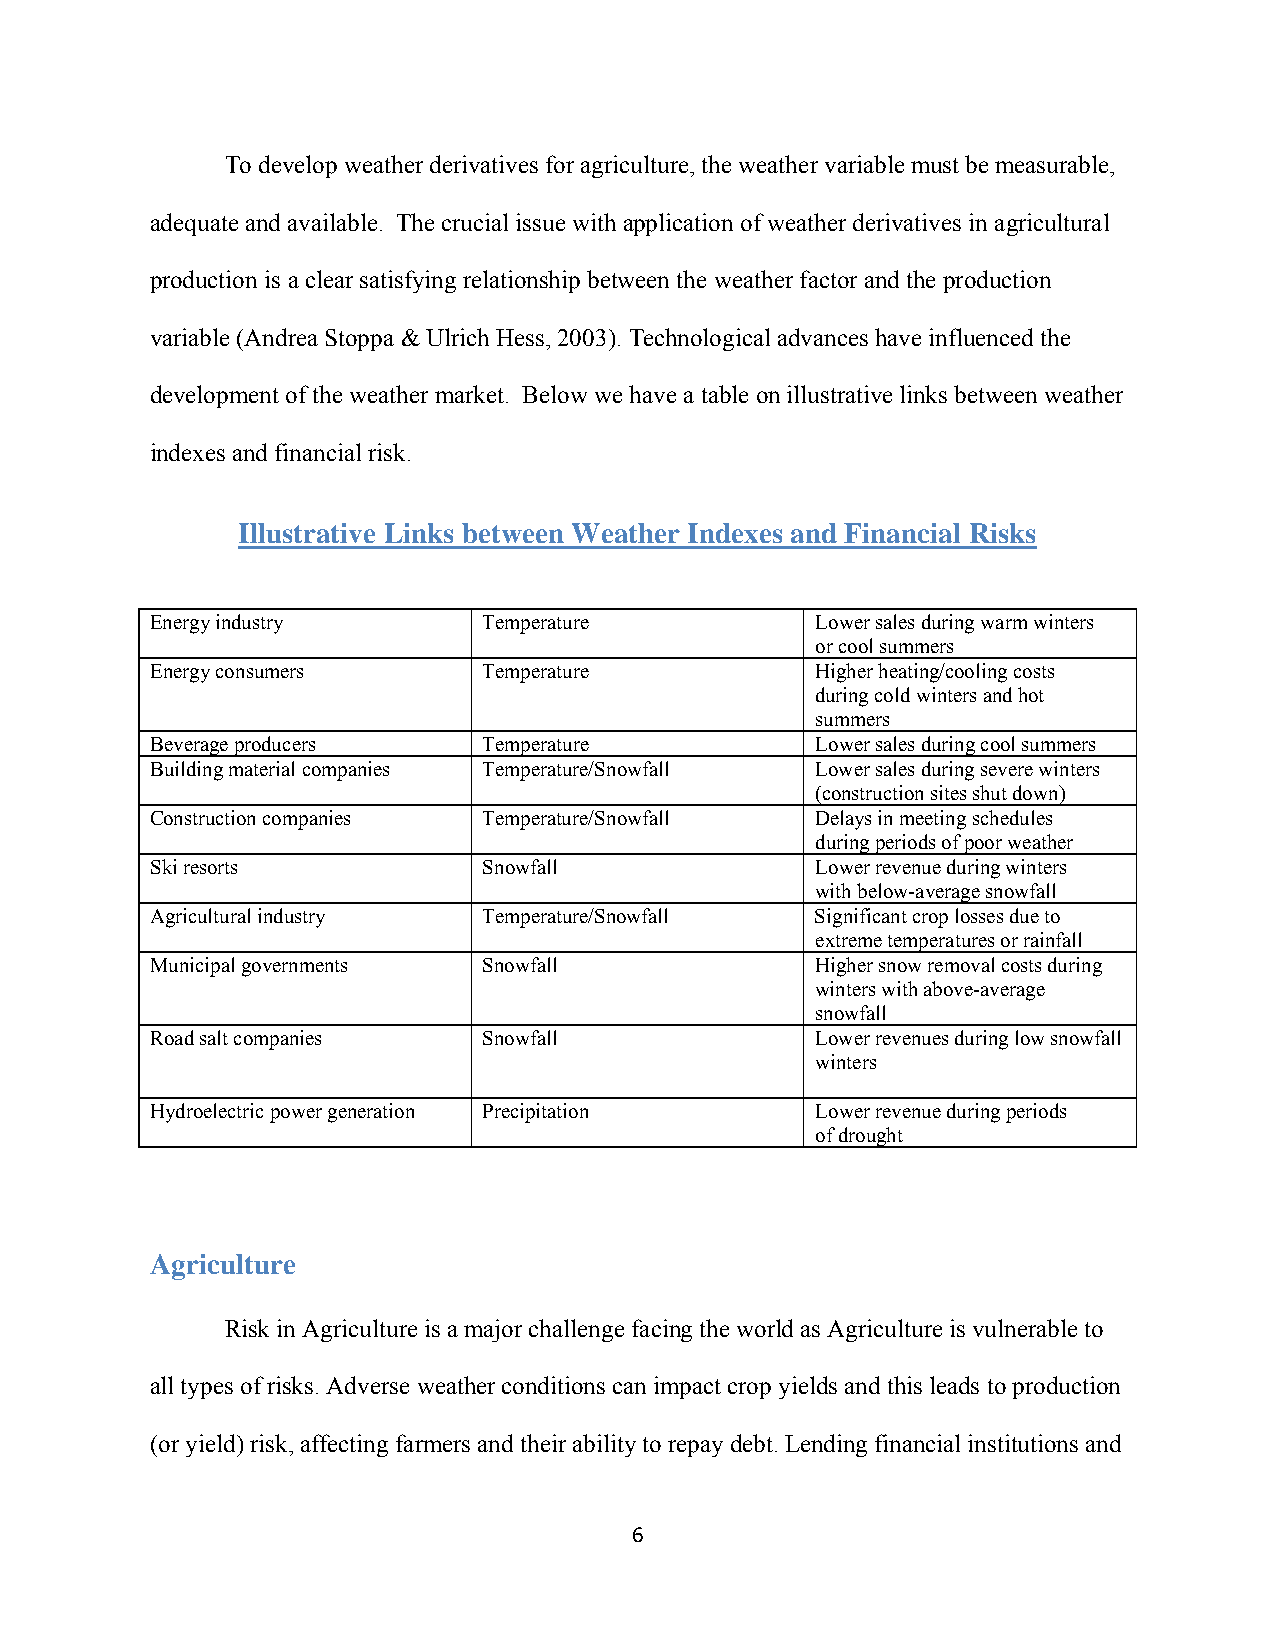
To develop weather derivatives for agriculture, the weather variable must be measurable,
 adequate and available. The crucial issue with application of weather derivatives in agricultural
 production is a clear satisfying relationship between the weather factor and the production
 variable (Andrea Stoppa & Ulrich Hess, 2003). Technological advances have influenced the
 development of the weather market. Below we have a table on illustrative links between weather
 indexes and financial risk.
 Illustrative Links between Weather Indexes and Financial Risks
 Energy industry       Temperature           Lower sales during warm winters
 or cool summers
 Energy consumers      Temperature           Higher heating/cooling costs
 during cold winters and hot
 summers
 Beverage producers    Temperature           Lower sales during cool summers
 Building material companies Temperature/Snowfall Lower sales during severe winters
 (construction sites shut down)
 Construction companies Temperature/Snowfall Delays in meeting schedules
 during periods of poor weather
 Ski resorts           Snowfall              Lower revenue during winters
 with below-average snowfall
 Agricultural industry Temperature/Snowfall  Significant crop losses due to
 extreme temperatures or rainfall
 Municipal governments Snowfall              Higher snow removal costs during
 winters with above-average
 snowfall
 Road salt companies   Snowfall              Lower revenues during low snowfall
 winters
 Hydroelectric power generation Precipitation Lower revenue during periods
 of drought
 Agriculture
 Risk in Agriculture is a major challenge facing the world as Agriculture is vulnerable to
 all types of risks. Adverse weather conditions can impact crop yields and this leads to production
 (or yield) risk, affecting farmers and their ability to repay debt. Lending financial institutions and
 6